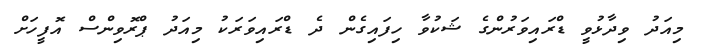
މިއަދު ވިދާޅުވީ ޑްރައިވަރުންގެ ޝަކުވާ ހިފައިގެން ދެ ޑްރައިވަރަކު މިއަދު ޕްރޮވިންސް އޮފީހަށް